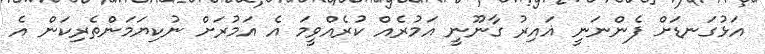
އަޅުގަނޑަށް ފެންނަނީ ޣައިރު ގާނޫނީ އަމުރެއް ކުރެއްވީމަ އެ އަމުރަށް ނުކިޔަމަންތެރިކަން އެ